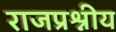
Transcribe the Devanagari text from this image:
राजप्रश्नीय